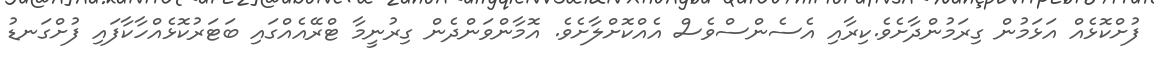
ފުށްކޮޅެއް އަޅަމުން ގިރަމުންދާށެވެ.ކިރާއި އެސެންސްވެސް އެއްކޮށްލާށެވެ. އޮމާންވަންދެން ގިރުނީމާ ޓްރޭއެއްގައި ބަޓަރުކޮޅެއްހާކާފައި ފުށްގަނޑު